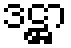
ဒဋ္ဌာ